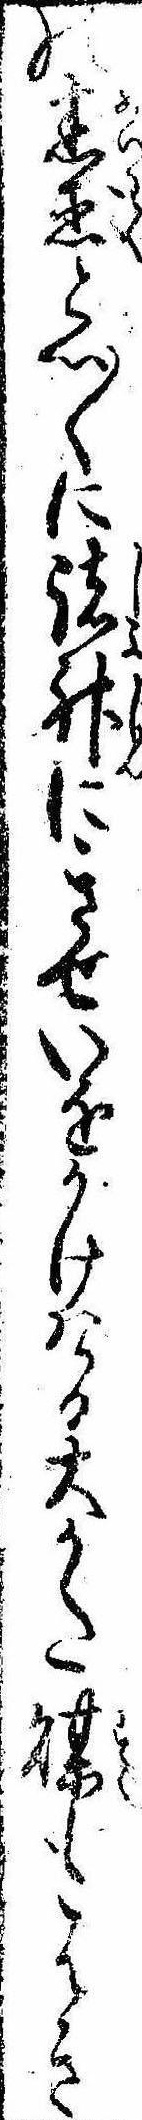
の迷惑と心〱に諸神にきせいをかけける大かた煤もはき